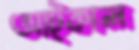
আট্‌কাল